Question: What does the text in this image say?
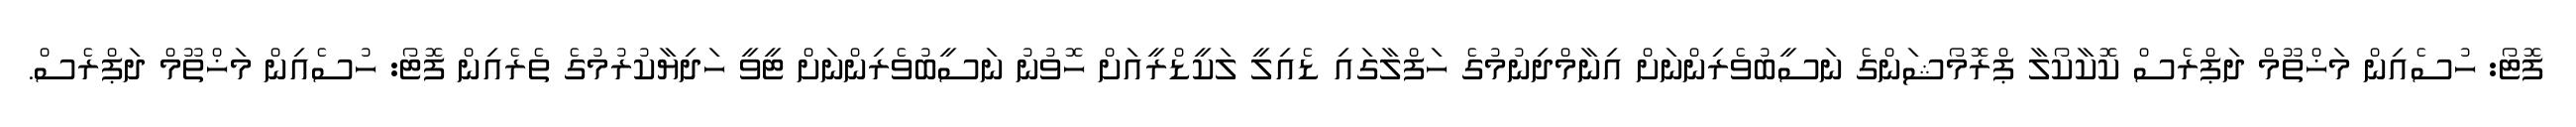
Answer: ފޮޓޯ: ހުސެއިން މަޚްތޫމް ދަޕްރެސް ކޮކާކޯލާ ޕްރޮމޯޝަންގެ ނަސީބުވެރިންނަށް އިނާމްދިނުމުގެ ހަފްލާގައި ޑެއިލީ ލަކީޑްރީއަށް ހޮވުނު ނަސީބުވެރިންނަށް ޓީވީ ހަދިޔާކުރުމުގެ ތެރެއިން ފޮޓޯ: ހުސެއިން މަޚްތޫމް ދަޕްރެސް.